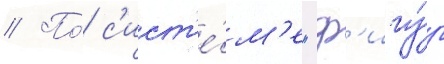
// По́ с'ист'е́м'е "ф'игу́р